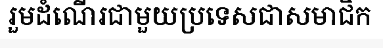
រួមដំណើរជាមួយប្រទេសជាសមាជិក